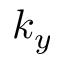
k _ { y }